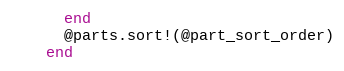
Language: Ruby
      end
      @parts.sort!(@part_sort_order)
    end